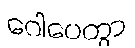
ဂေါပေတွာ